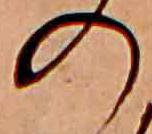
の